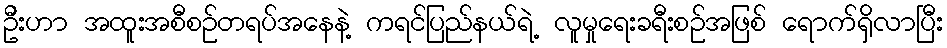
ဦးဟာ အထူးအစီစဉ်တရပ်အနေနဲ့ ကရင်ပြည်နယ်ရဲ့ လူမှုရေးခရီးစဉ်အဖြစ် ရောက်ရှိလာပြီး